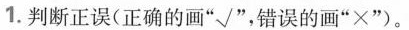
1.判断正误(正确的画”√”，错误的画”×”)。